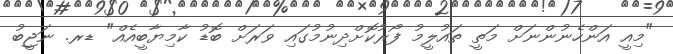
"މިއީ އަންހެނުންނަށް މަތީ ތައުލީމު ފޯރުކޮށްދިނުމުގައި ވަރަށް ބޮޑު ކާމިޔާބީއެއް" ޑރ. ނަޖީބު